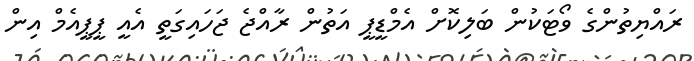
ރައްޔިތުންގެ ވޯޓަކުން ބަލިކޮށް އެމްޑީޕީ އަތުން ރާއްޖެ ޖަހައިގަތީ އެއީ ޕީޕީއެމް އިން